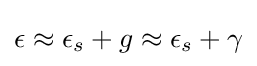
\epsilon \approx \epsilon _{s}+g\approx \epsilon _{s}+\gamma